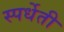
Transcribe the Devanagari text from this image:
स्पर्धेती